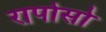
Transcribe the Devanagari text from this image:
रापोसो